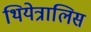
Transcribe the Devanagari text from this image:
थियेत्रालिस